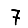
Digit: 7